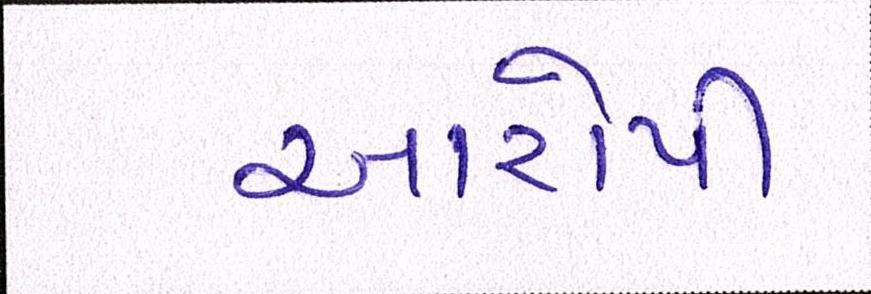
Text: આરોપી